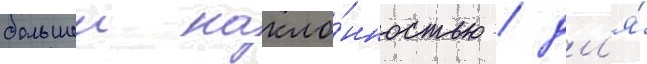
большеи накло́нностью / дл'я́